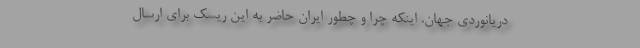
دریانوردی جهان. اینکه چرا و چطور ایران حاضر به این ریسک برای ارسال